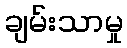
ချမ်းသာမှု